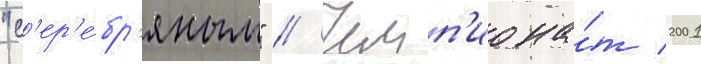
"с'ер'е́бр'яным" // Чемп'иона́т 2001